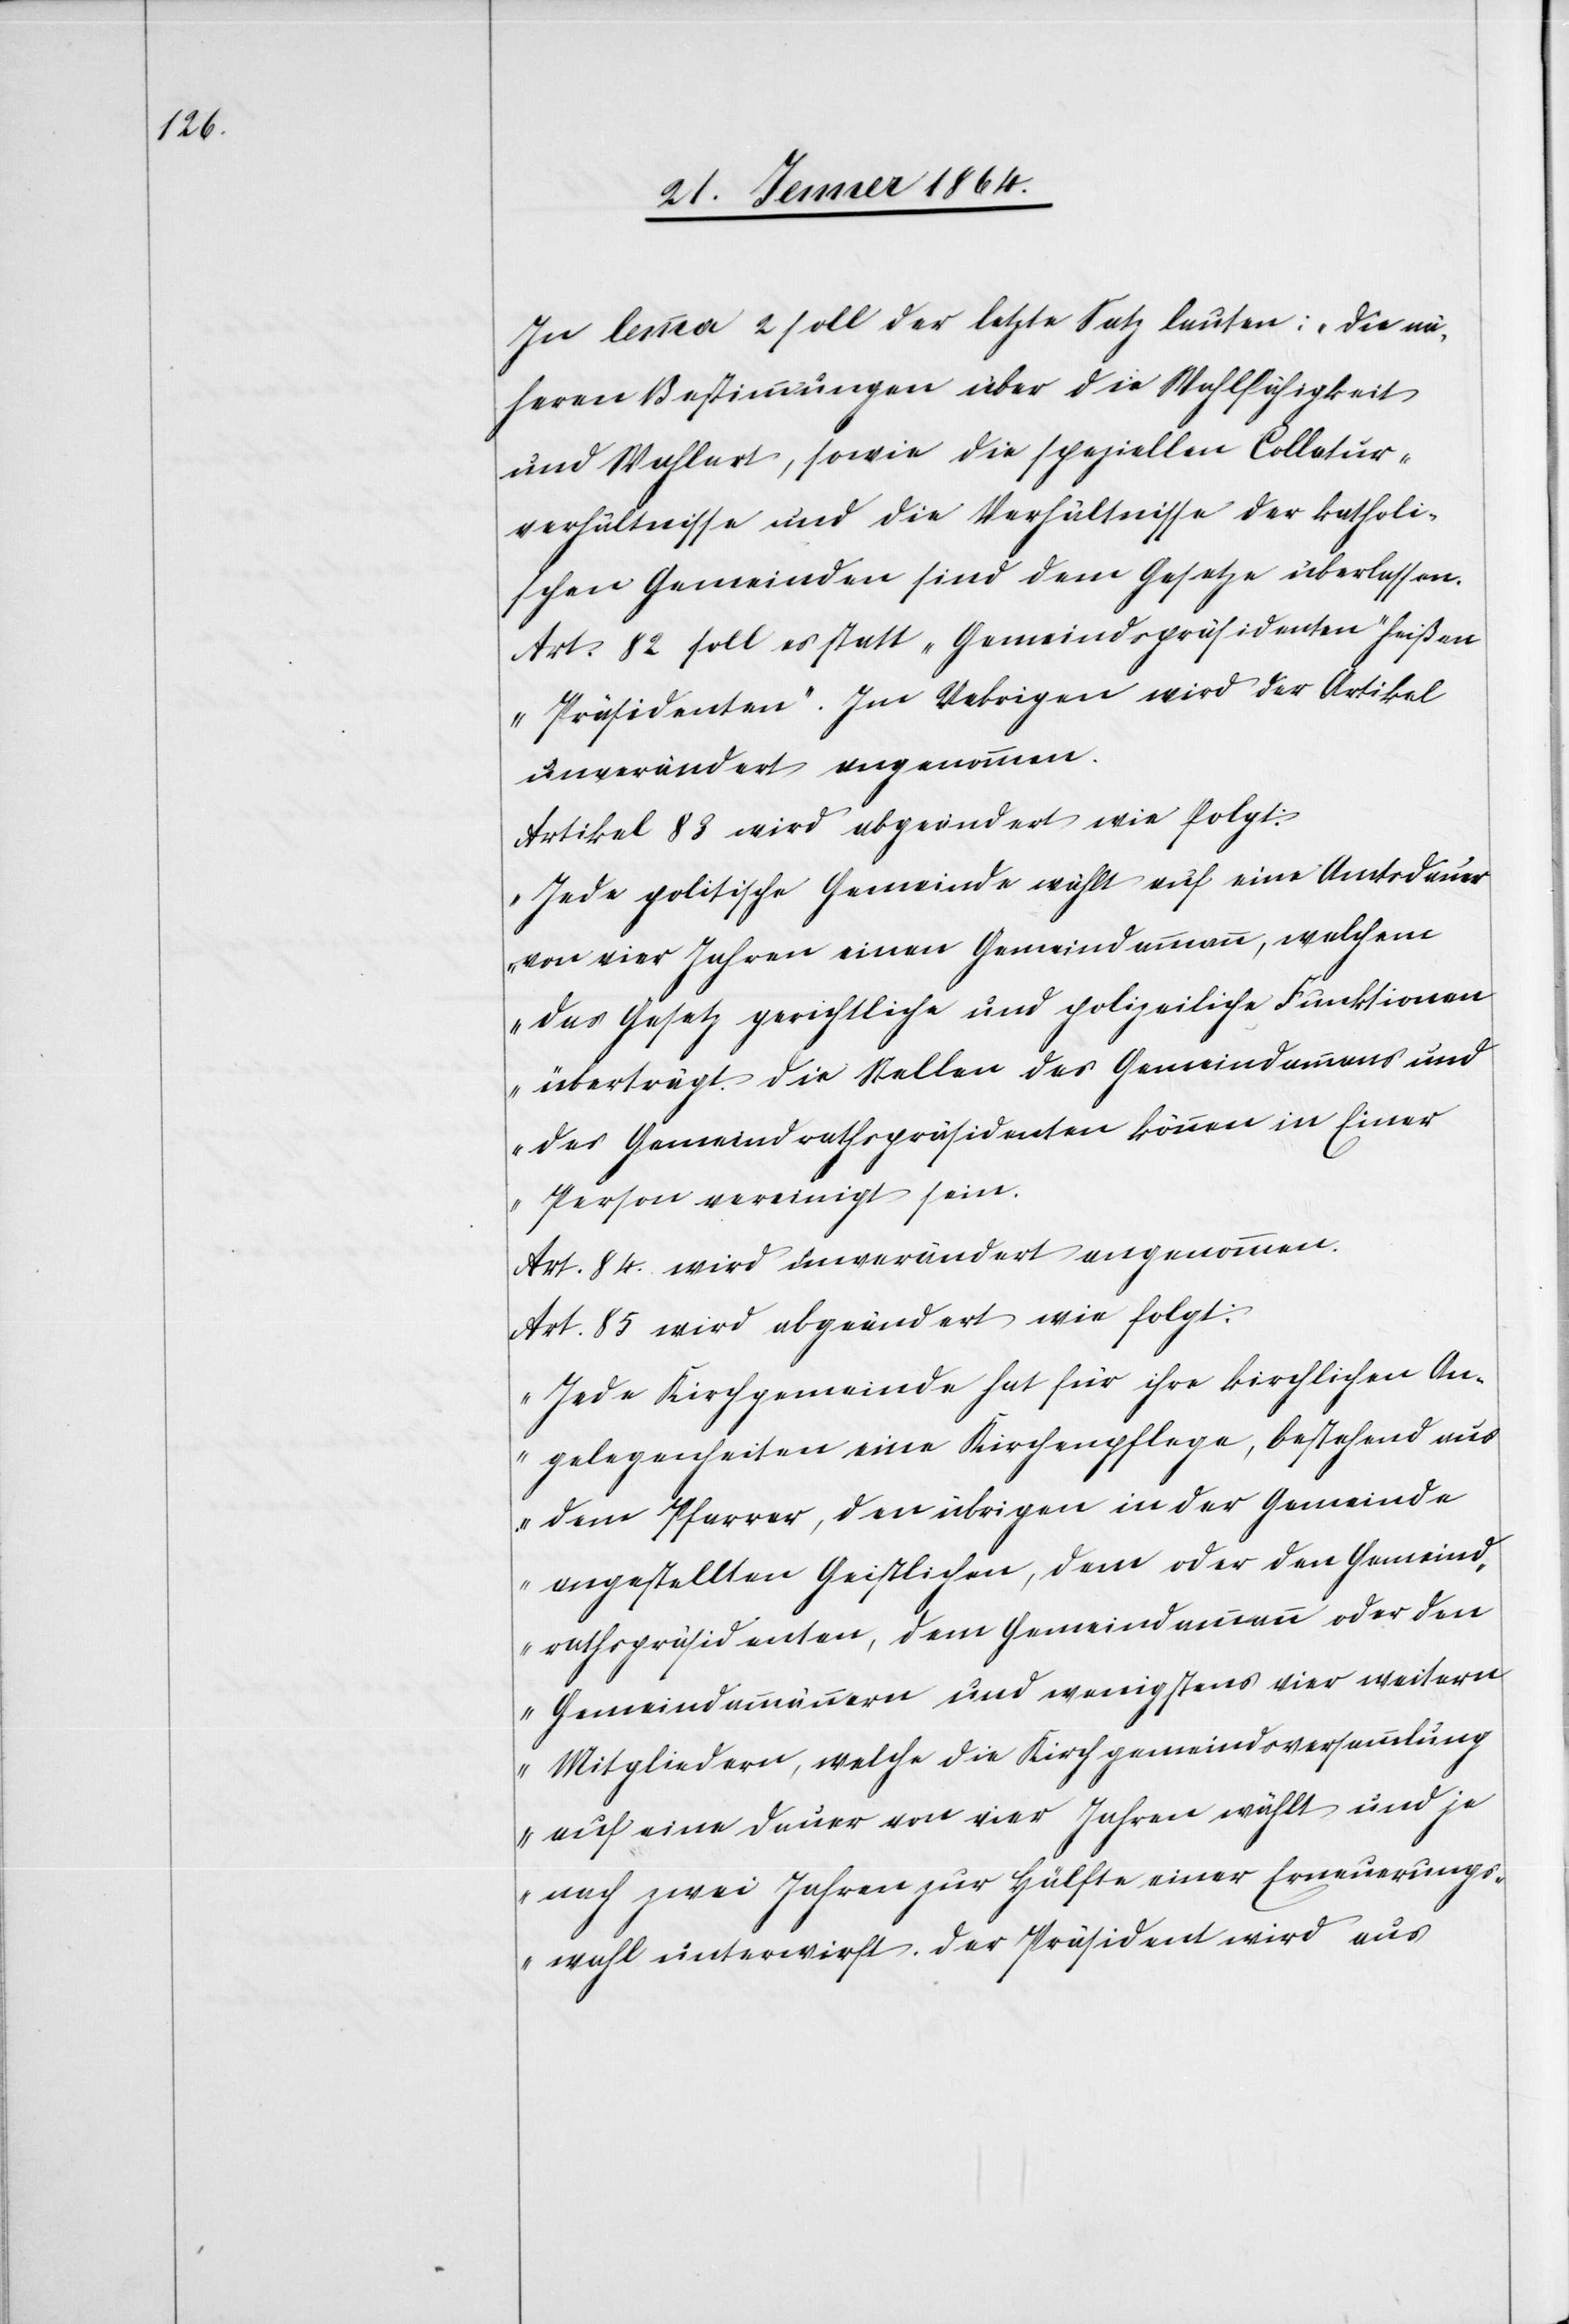
In lemma 2 soll der letzte Satz lauten: „die nä¬
heren Bestimmungen über die Wahlfähigkeit
und Wahlart, sowie die speziellen Collatur¬
verhältnisse und die Verhältnisse der katholi¬
schen Gemeinden sind dem Gesetze überlassen.“
Art. 82 soll es statt „Gemeindspräsidenten“ heißen
„Präsidenten“. Im Uebrigen wird der Artikel
unverändert angenommen.
Artikel 83 wird abgeändert wir folgt:
„Jede politische Gemeinde wählt auf eine Amtsdauer
von vier Jahren einen Gemeindammann, welchem
das Gesetz gerichtliche und polizeiliche Funktionen
überträgt. Die Stellen des Gemeindammans
des Gemeindrathspräsidenten können in Einer
Person vereinigt sein.“
Art. 84. wird unverändert angenommen.
Art. 85 wird abgeändert wie folgt:
„Jede Kirchgemeinde hat für ihre kirchlichen An¬
gelegenheiten eine Kirchenpflege, bestehend aus
dem Pfarrer, den übrigen in der Gemeinde
angestellten Geistlichen, dem oder den Gemeind¬
rathspräsidenten, dem Gemeindammann oder den
Gemeindammännern und wenigstens vier weiteren
Mitgliedern, welche die Kirchgemeindsversammlung
auf eine Dauer von vier Jahren wählt und je
nach zwei Jahren zur Hälfte einer Erneuerungs¬
wahl unterwirft. Der Präsident wird aus